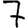
Digit: 7